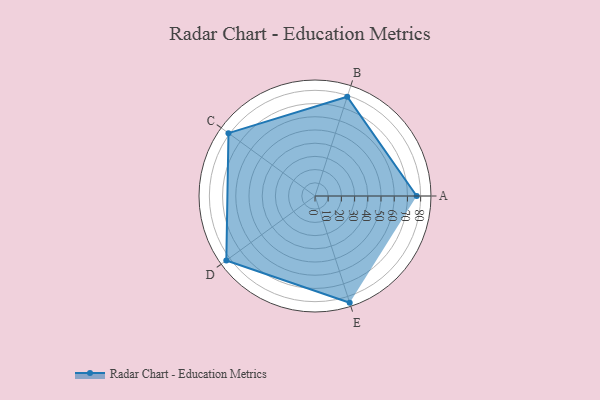
{"axis": {"x": "Skill", "y": "Score"}, "legend": ["Profile"], "data": [{"x": "A", "y": 77.0, "type": "Profile"}, {"x": "B", "y": 79.0, "type": "Profile"}, {"x": "C", "y": 81.0, "type": "Profile"}, {"x": "D", "y": 83.0, "type": "Profile"}, {"x": "E", "y": 85.0, "type": "Profile"}]}